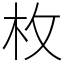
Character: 枚